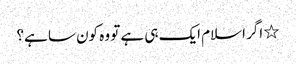
٭ اگر اسلام ایک ہی ہے تو وہ کون سا ہے؟